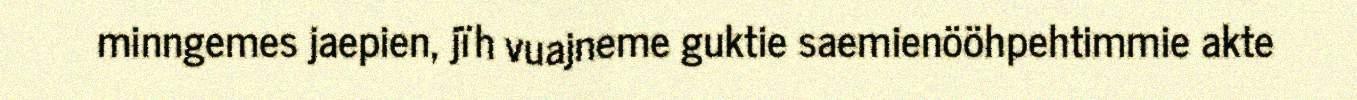
minngemes jaepien, jïh vuajneme guktie saemienööhpehtimmie akte